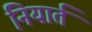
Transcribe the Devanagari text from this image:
नियार्त